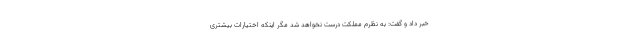
خبر داد و گفت: به نظرم مملکت درست نخواهد شد مگر اینکه اختیارات بیشتری